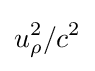
u_{\rho }^{2}/c^{2}